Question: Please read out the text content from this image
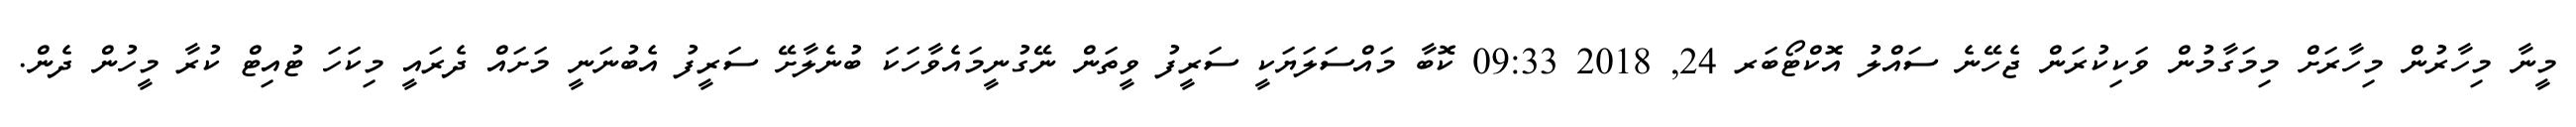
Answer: މީނާ މިހާރުން މިހާރަށް މިމަގާމުން ވަކިކުރަން ޖެހޭނެ ސައްލު އޮކްޓޯބަރ 24, 2018 09:33 ކޮބާ މައްސަލަޔަކީ ސަރީފު ވީތަން ނޭގުނީމައެވާހަކަ ބުނެލާށޭ ސަރީފު އެބުނަނީ މަށައް ދެރައީ މިކަހަ ޓުއިޓް ކުރާ މީހުން ދެން.